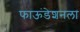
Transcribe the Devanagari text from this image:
फाऊंडेशनला